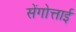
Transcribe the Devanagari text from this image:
सेंगोत्ताई